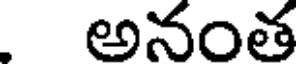
అనంత